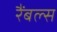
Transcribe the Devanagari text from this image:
रैंबल्स